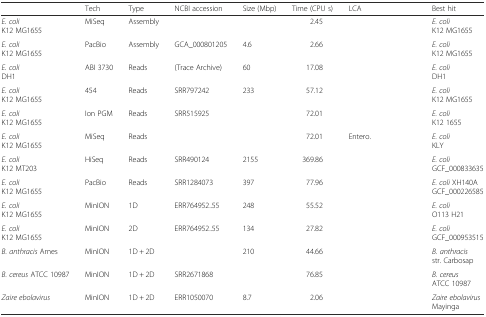
<table><thead><tr><td>[EMPTY_CELL]</td><td><b>Tech</b></td><td><b>Type</b></td><td><b>NCBI accession</b></td><td><b>Size (Mbp)</b></td><td><b>Time (CPU s)</b></td><td><b>LCA</b></td><td><b>Best hit</b></td></tr></thead><tbody><tr><td><i>E. coli</i>K12 MG1655</td><td>MiSeq</td><td>Assembly</td><td>[EMPTY_CELL]</td><td>[EMPTY_CELL]</td><td>2.45</td><td>[EMPTY_CELL]</td><td><i>E. coli</i>K12 MG1655</td></tr><tr><td><i>E. coli</i>K12 MG1655</td><td>PacBio</td><td>Assembly</td><td>GCA_000801205</td><td>4.6</td><td>2.66</td><td>[EMPTY_CELL]</td><td><i>E. coli</i>K12 MG1655</td></tr><tr><td><i>E. coli</i>DH1</td><td>ABI 3730</td><td>Reads</td><td>(Trace Archive)</td><td>60</td><td>17.08</td><td>[EMPTY_CELL]</td><td><i>E. coli</i>DH1</td></tr><tr><td><i>E. coli</i>K12 MG1655</td><td>454</td><td>Reads</td><td>SRR797242</td><td>233</td><td>57.12</td><td>[EMPTY_CELL]</td><td><i>E. coli</i>K12 MG1655</td></tr><tr><td><i>E. coli</i>K12 MG1655</td><td>Ion PGM</td><td>Reads</td><td>SRR515925</td><td>[EMPTY_CELL]</td><td>72.01</td><td>[EMPTY_CELL]</td><td><i>E. coli</i>K12 1655</td></tr><tr><td><i>E. coli</i>K12 MG1655</td><td>MiSeq</td><td>Reads</td><td>[EMPTY_CELL]</td><td>[EMPTY_CELL]</td><td>72.01</td><td>Entero.</td><td><i>E. coli</i>KLY</td></tr><tr><td><i>E. coli</i>K12 MT203</td><td>HiSeq</td><td>Reads</td><td>SRR490124</td><td>2155</td><td>369.86</td><td>[EMPTY_CELL]</td><td><i>E. coli</i>GCF_000833635</td></tr><tr><td><i>E. coli</i>K12 MG1655</td><td>PacBio</td><td>Reads</td><td>SRR1284073</td><td>397</td><td>77.96</td><td>[EMPTY_CELL]</td><td><i>E. coli</i> XH140A GCF_000226585</td></tr><tr><td><i>E. coli</i>K12 MG1655</td><td>MinION</td><td>1D</td><td>ERR764952..55</td><td>248</td><td>55.52</td><td>[EMPTY_CELL]</td><td><i>E. coli</i>O113 H21</td></tr><tr><td><i>E. coli</i>K12 MG1655</td><td>MinION</td><td>2D</td><td>ERR764952..55</td><td>134</td><td>27.82</td><td>[EMPTY_CELL]</td><td><i>E. coli</i> GCF_000953515</td></tr><tr><td><i>B. anthracis</i> Ames</td><td>MinION</td><td>1D + 2D</td><td>[EMPTY_CELL]</td><td>210</td><td>44.66</td><td>[EMPTY_CELL]</td><td><i>B. anthracis</i>str. Carbosap</td></tr><tr><td><i>B. cereus</i> ATCC 10987</td><td>MinION</td><td>1D + 2D</td><td>SRR2671868</td><td>[EMPTY_CELL]</td><td>76.85</td><td>[EMPTY_CELL]</td><td><i>B. cereus</i>ATCC 10987</td></tr><tr><td><i>Zaire ebolavirus</i></td><td>MinION</td><td>1D + 2D</td><td>ERR1050070</td><td>8.7</td><td>2.06</td><td>[EMPTY_CELL]</td><td><i>Zaire ebolavirus</i> Mayinga</td></tr></tbody></table>